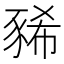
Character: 豨